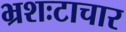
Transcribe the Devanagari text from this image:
भ्रशःटाचार